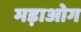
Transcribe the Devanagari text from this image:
मड़ाओग